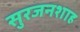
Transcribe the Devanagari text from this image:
सुरजनशाह